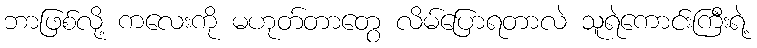
ဘာဖြစ်လို့ ကလေးကို မဟုတ်တာတွေ လိမ်ပြောရတာလဲ သူရဲကောင်းကြီးရဲ့